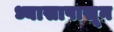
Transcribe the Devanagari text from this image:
ध्यासापासून